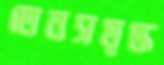
তেনসমৃদ্ধ